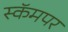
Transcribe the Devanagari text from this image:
स्कॅमपर